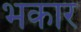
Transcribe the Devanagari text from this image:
भकार